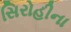
સિરોહીના